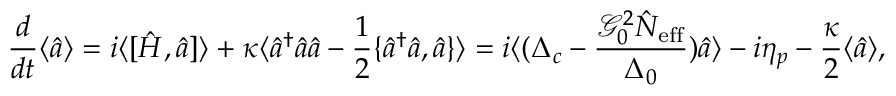
\frac { d } { d t } \langle \hat { a } \rangle = i \langle [ \hat { H } , \hat { a } ] \rangle + \kappa \langle \hat { a } ^ { \dagger } \hat { a } \hat { a } - \frac { 1 } { 2 } \{ \hat { a } ^ { \dagger } \hat { a } , \hat { a } \} \rangle = i \langle ( \Delta _ { c } - \frac { \mathcal { G } _ { 0 } ^ { 2 } \hat { N } _ { \mathrm { e f f } } } { \Delta _ { 0 } } ) \hat { a } \rangle - i \eta _ { p } - \frac { \kappa } { 2 } \langle \hat { a } \rangle ,